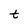
Character: t